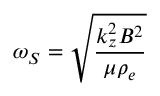
\omega _ { S } = { \sqrt { \frac { k _ { z } ^ { 2 } B ^ { 2 } } { \mu \rho _ { e } } } }